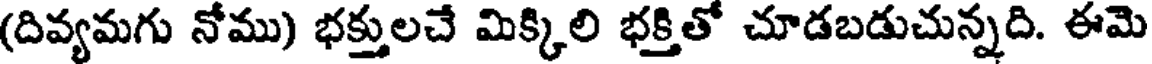
(దివ్యమగు నోము) భక్తులచే మిక్కిలి భక్తితో చూడబడుచున్నది. ఈమె